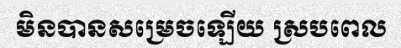
មិនបានសម្រេចឡើយ ស្របពេល